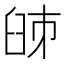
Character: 𦥥